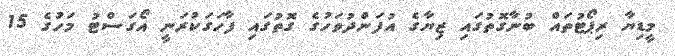
މީޑިޔާ ރިޕޯޓުތައް ބުނާގޮތުގައި ޒިޔާގެ އުފަންދުވަހުގެ ގޮތުގައި ފާހަގަކުރަނީ އޯގަސްޓު މަހުގެ 15